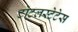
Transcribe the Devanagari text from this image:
टोटलस्टेटेस